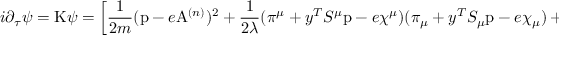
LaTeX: i \partial _ { \tau } \psi = \mathrm { K } \psi = \left[ \frac { 1 } { 2 m } ( \mathrm { p } - e \mathrm { A } ^ { ( n ) } ) ^ { 2 } + \frac { 1 } { 2 \lambda } ( \pi ^ { \mu } + y ^ { T } S ^ { \mu } \mathrm { p } - e \chi ^ { \mu } ) ( \pi _ { \mu } + y ^ { T } S _ { \mu } \mathrm { p } - e \chi _ { \mu } ) + V \right] \psi